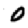
Digit: 0